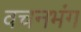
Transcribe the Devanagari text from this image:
वचनभंग